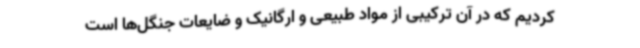
کردیم که در آن ترکیبی از مواد طبیعی و ارگانیک و ضایعات جنگل‌ها است